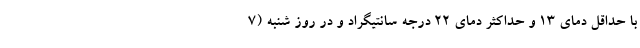
با حداقل دمای ۱۳ و حداکثر دمای ۲۲ درجه سانتیگراد و در روز شنبه (۷